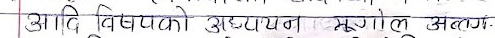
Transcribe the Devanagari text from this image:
आदि विषयको अध्ययन भूगोल अलग.